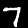
Digit: 7